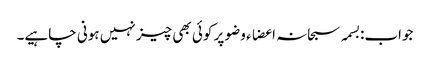
جواب:بسمہ سبحانہ اعضاء وضو پر کوئی بھی چیز نہیں ہونی چاہیے۔